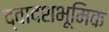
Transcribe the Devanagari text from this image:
द्वादशभूमिक